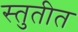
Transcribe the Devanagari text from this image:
स्तुतीत